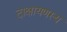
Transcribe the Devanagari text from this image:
दाक्षायणस्य